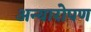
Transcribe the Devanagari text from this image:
अन्यारोपण